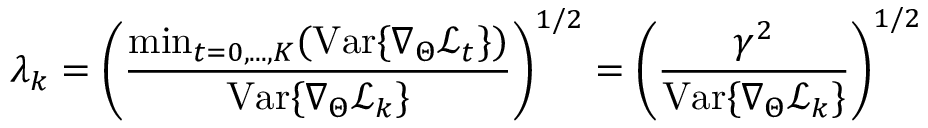
\lambda _ { k } = \left( \frac { \mathrm { m i n } _ { t = 0 , . . . , K } ( \mathrm { V a r } \{ \nabla _ { \Theta } \mathcal { L } _ { t } \} ) } { \mathrm { V a r } \{ \nabla _ { \Theta } \mathcal { L } _ { k } \} } \right) ^ { 1 / 2 } = \left( \frac { \gamma ^ { 2 } } { \mathrm { V a r } \{ \nabla _ { \Theta } \mathcal { L } _ { k } \} } \right) ^ { 1 / 2 }